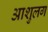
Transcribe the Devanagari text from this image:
आशुलग